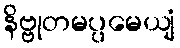
နိဗ္ဗုတမပ္ပမေယျံ